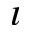
\imath